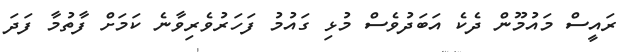
ރައީސް މައުމޫން ދެކެ އަބަދުވެސް މުޅި ގައުމު ފަހަރުވެރިވާނެ ކަމަށް ފާތުމާ ފަދަ